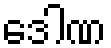
ဒေါဏ